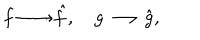
LaTeX: f \longrightarrow \hat { f } , \quad g \longrightarrow \hat { g } ,